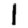
Digit: 1